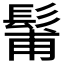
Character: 𩭗